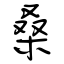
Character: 桑